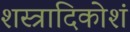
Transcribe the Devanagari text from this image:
शस्त्रादिकोशं